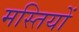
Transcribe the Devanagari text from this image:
मस्तियों